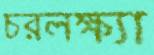
চরলক্ষ্যা